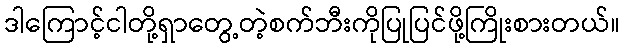
ဒါကြောင့်ငါတို့ရှာတွေ့တဲ့စက်ဘီးကိုပြုပြင်ဖို့ကြိုးစားတယ်။